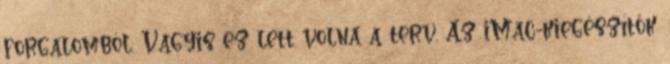
forgalomból. Vagyis ez lett volna a terv. Az iMac-kiegészítők